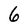
Character: 6